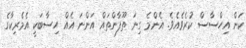
ކަން އިހްސާސް ކުރެވެއެވެ. އެންމެ ގިނަ ތޫފާންތައް އަންނަ އެއް ހިސާބަކީ އެމެރިކާގެ